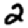
Digit: 2